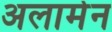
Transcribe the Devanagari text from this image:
अलामेन